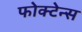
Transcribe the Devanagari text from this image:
फोक्टेन्स